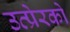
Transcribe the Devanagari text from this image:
उत्प्रेरको